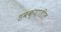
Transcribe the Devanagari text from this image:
डबक्यातील